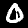
Label: 0